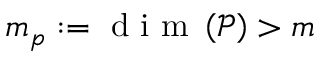
m _ { p } : = \mathrm { ~ d ~ i ~ m ~ } \left( \mathcal { P } \right) > m